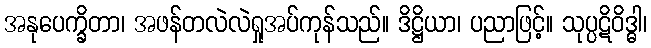
အနုပေက္ခိတာ၊ အဖန်တလဲလဲရှုအပ်ကုန်သည်။ ဒိဋ္ဌိယာ၊ ပညာဖြင့်။ သုပ္ပဋိဝိဒ္ဓါ၊